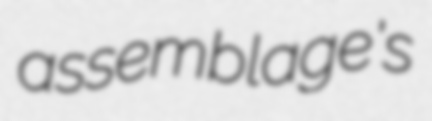
assemblage's